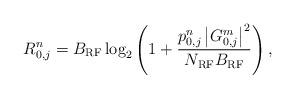
LaTeX: \begin{align*} R_{0,j}^n=B_{\rm RF} \log_2 \left( 1 + \frac{p_{0,j}^n \left|G_{0,j}^m\right|^2}{N_{\rm RF}B_{\rm RF}}\right),\end{align*}